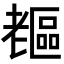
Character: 𦓇